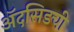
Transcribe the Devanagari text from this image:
ॲदसिडची